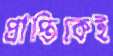
প্রাপ্তিকেই